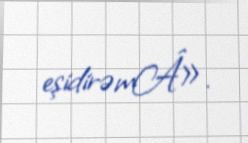
eşidirəmÂ».